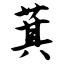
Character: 萁